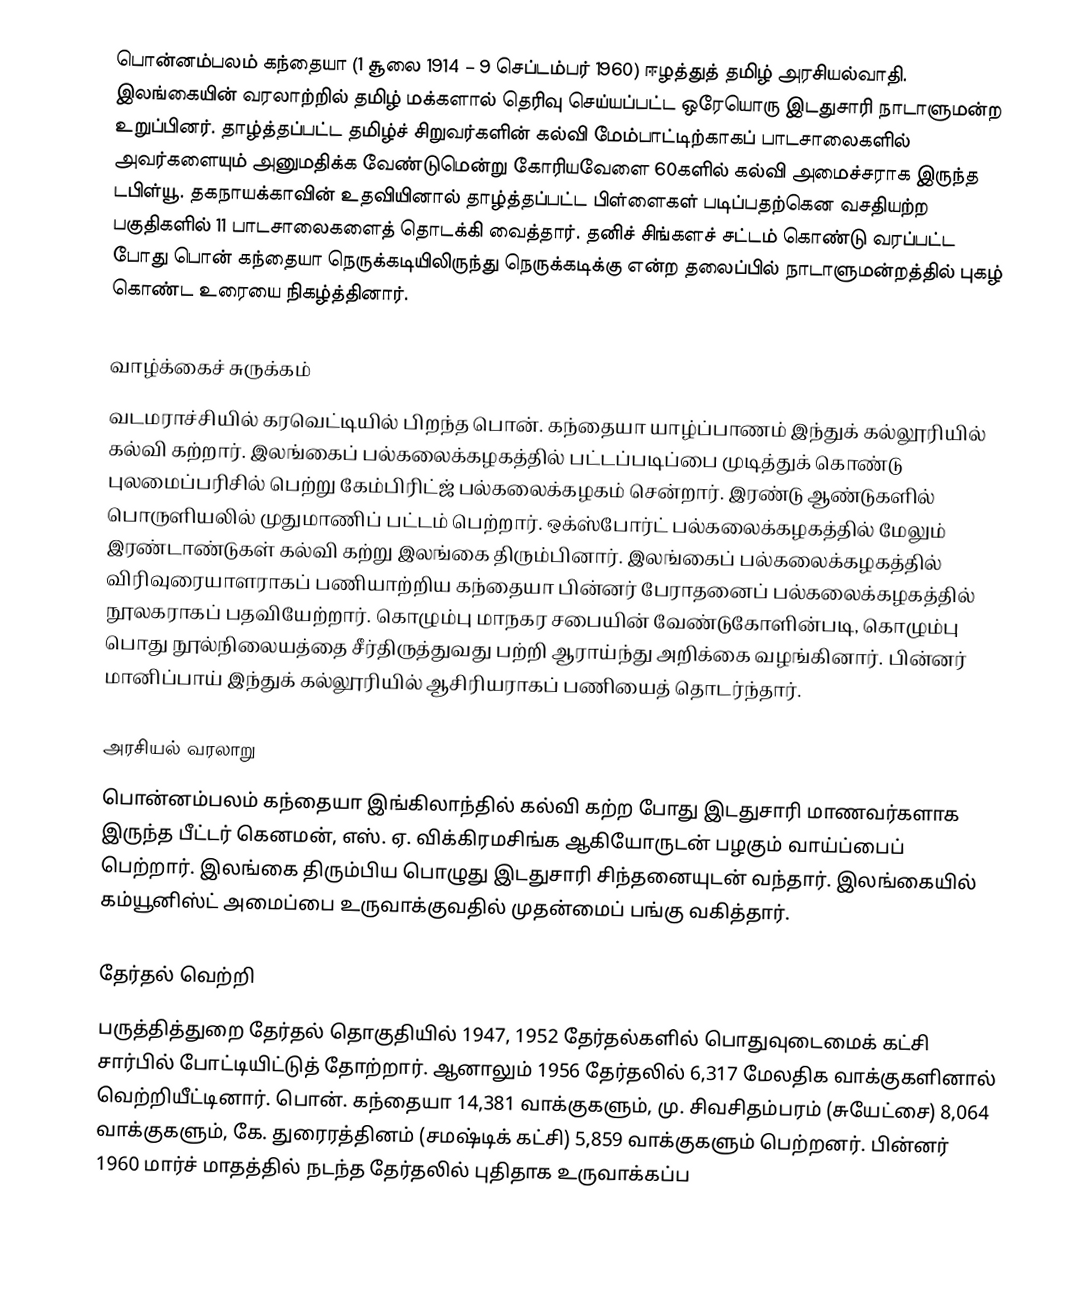
பொன்னம்பலம் கந்தையா (1 சூலை 1914 – 9 செப்டம்பர் 1960) ஈழத்துத் தமிழ் அரசியல்வாதி. இலங்கையின் வரலாற்றில் தமிழ் மக்களால் தெரிவு செய்யப்பட்ட ஒரேயொரு இடதுசாரி நாடாளுமன்ற உறுப்பினர். தாழ்த்தப்பட்ட தமிழ்ச் சிறுவர்களின் கல்வி மேம்பாட்டிற்காகப் பாடசாலைகளில் அவர்களையும் அனுமதிக்க வேண்டுமென்று கோரியவேளை 60களில் கல்வி அமைச்சராக இருந்த டபிள்யூ. தகநாயக்காவின் உதவியினால் தாழ்த்தப்பட்ட பிள்ளைகள் படிப்பதற்கென வசதியற்ற பகுதிகளில் 11 பாடசாலைகளைத் தொடக்கி வைத்தார். தனிச் சிங்களச் சட்டம் கொண்டு வரப்பட்ட போது பொன் கந்தையா நெருக்கடியிலிருந்து நெருக்கடிக்கு என்ற தலைப்பில் நாடாளுமன்றத்தில் புகழ் கொண்ட உரையை நிகழ்த்தினார்.

வாழ்க்கைச் சுருக்கம்
வடமராச்சியில் கரவெட்டியில் பிறந்த பொன். கந்தையா யாழ்ப்பாணம் இந்துக் கல்லூரியில் கல்வி கற்றார். இலங்கைப் பல்கலைக்கழகத்தில் பட்டப்படிப்பை முடித்துக் கொண்டு புலமைப்பரிசில் பெற்று கேம்பிரிட்ஜ் பல்கலைக்கழகம் சென்றார். இரண்டு ஆண்டுகளில் பொருளியலில் முதுமாணிப் பட்டம் பெற்றார். ஒக்ஸ்போர்ட் பல்கலைக்கழகத்தில் மேலும் இரண்டாண்டுகள் கல்வி கற்று இலங்கை திரும்பினார். இலங்கைப் பல்கலைக்கழகத்தில் விரிவுரையாளராகப் பணியாற்றிய கந்தையா பின்னர் பேராதனைப் பல்கலைக்கழகத்தில் நூலகராகப் பதவியேற்றார்.  கொழும்பு மாநகர சபையின் வேண்டுகோளின்படி, கொழும்பு பொது நூல்நிலையத்தை சீர்திருத்துவது பற்றி ஆராய்ந்து அறிக்கை வழங்கினார். பின்னர் மானிப்பாய் இந்துக் கல்லூரியில் ஆசிரியராகப் பணியைத் தொடர்ந்தார்.

அரசியல் வரலாறு
பொன்னம்பலம் கந்தையா இங்கிலாந்தில் கல்வி கற்ற போது இடதுசாரி மாணவர்களாக இருந்த பீட்டர் கெனமன், எஸ். ஏ. விக்கிரமசிங்க ஆகியோருடன் பழகும் வாய்ப்பைப் பெற்றார். இலங்கை திரும்பிய பொழுது இடதுசாரி சிந்தனையுடன் வந்தார். இலங்கையில் கம்யூனிஸ்ட் அமைப்பை உருவாக்குவதில் முதன்மைப் பங்கு வகித்தார்.

தேர்தல் வெற்றி
பருத்தித்துறை தேர்தல் தொகுதியில் 1947, 1952 தேர்தல்களில் பொதுவுடைமைக் கட்சி சார்பில் போட்டியிட்டுத் தோற்றார். ஆனாலும் 1956 தேர்தலில் 6,317 மேலதிக வாக்குகளினால் வெற்றியீட்டினார். பொன். கந்தையா 14,381 வாக்குகளும், மு. சிவசிதம்பரம் (சுயேட்சை) 8,064 வாக்குகளும், கே. துரைரத்தினம் (சமஷ்டிக் கட்சி) 5,859 வாக்குகளும் பெற்றனர். பின்னர் 1960 மார்ச் மாதத்தில் நடந்த தேர்தலில் புதிதாக உருவாக்கப்ப